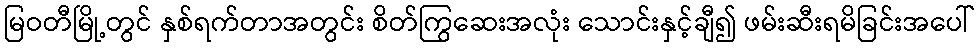
မြဝတီမြို့တွင် နှစ်ရက်တာအတွင်း စိတ်ကြွဆေးအလုံး သောင်းနှင့်ချီ၍ ဖမ်းဆီးရမိခြင်းအပေါ်